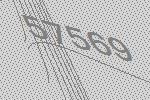
57569